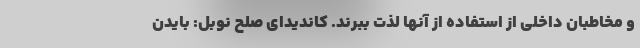
و مخاطبان داخلی از استفاده از آنها لذت ببرند. کاندیدای صلح نوبل: بایدن